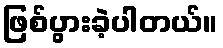
ဖြစ်ပွားခဲ့ပါတယ်။